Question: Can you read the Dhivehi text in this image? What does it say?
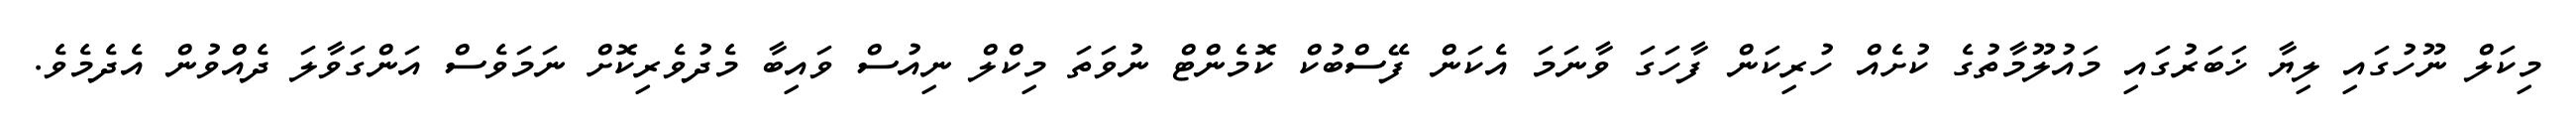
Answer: މިކަލް ނޫހުގައި ލިޔާ ޚަބަރުގައި މައުލޫމާތުގެ ކުށެއް ހުރިކަން ފާހަގަ ވާނަމަ އެކަން ފޭސްބުކް ކޮމެންޓް ނުވަތަ މިކްލް ނިއުސް ވައިބާ މެދުވެރިކޮށް ނަމަވެސް އަންގަވާލަ ދެއްވުން އެދެމެވެ.